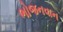
ભોજનવાન